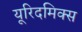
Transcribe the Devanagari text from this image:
यूरिदमिक्स